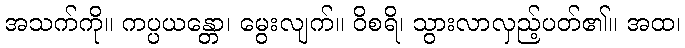
အသက်ကို။ ကပ္ပယန္တော၊ မွေးလျက်။ ဝိစရိ၊ သွားလာလှည့်ပတ်၏။ အထ၊